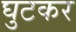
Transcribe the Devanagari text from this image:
घुटकर